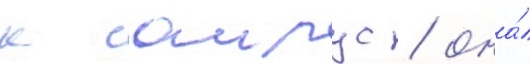
к саирус / она́